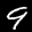
Label: 9